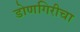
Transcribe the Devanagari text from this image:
डोणगिरीचा